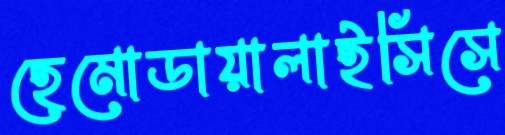
হেমোডায়ালাইসিসে